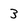
Character: 3